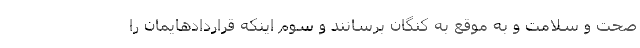
صحت و سلامت و به موقع به کنگان برسانند و سوم اینکه قراردادهایمان را